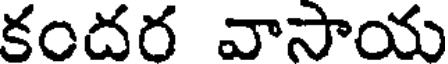
కందర వాసాయ